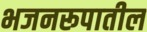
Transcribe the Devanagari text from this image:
भजनरूपातील